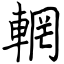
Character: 輞